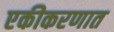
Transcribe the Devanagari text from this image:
एकीकरणात